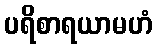
ပရိစာရယာမဟံ